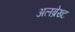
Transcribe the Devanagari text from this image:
अलब्रेख्ट